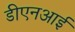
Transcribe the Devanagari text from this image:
डीएनआई